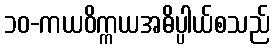
၁၀-ကယဝိက္ကယအဓိပ္ပါယ်စသည်